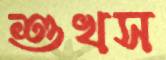
শুখস